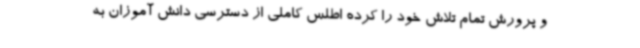
و پرورش تمام تلاش خود را کرده اطلس کاملی از دسترسی دانش آموزان به